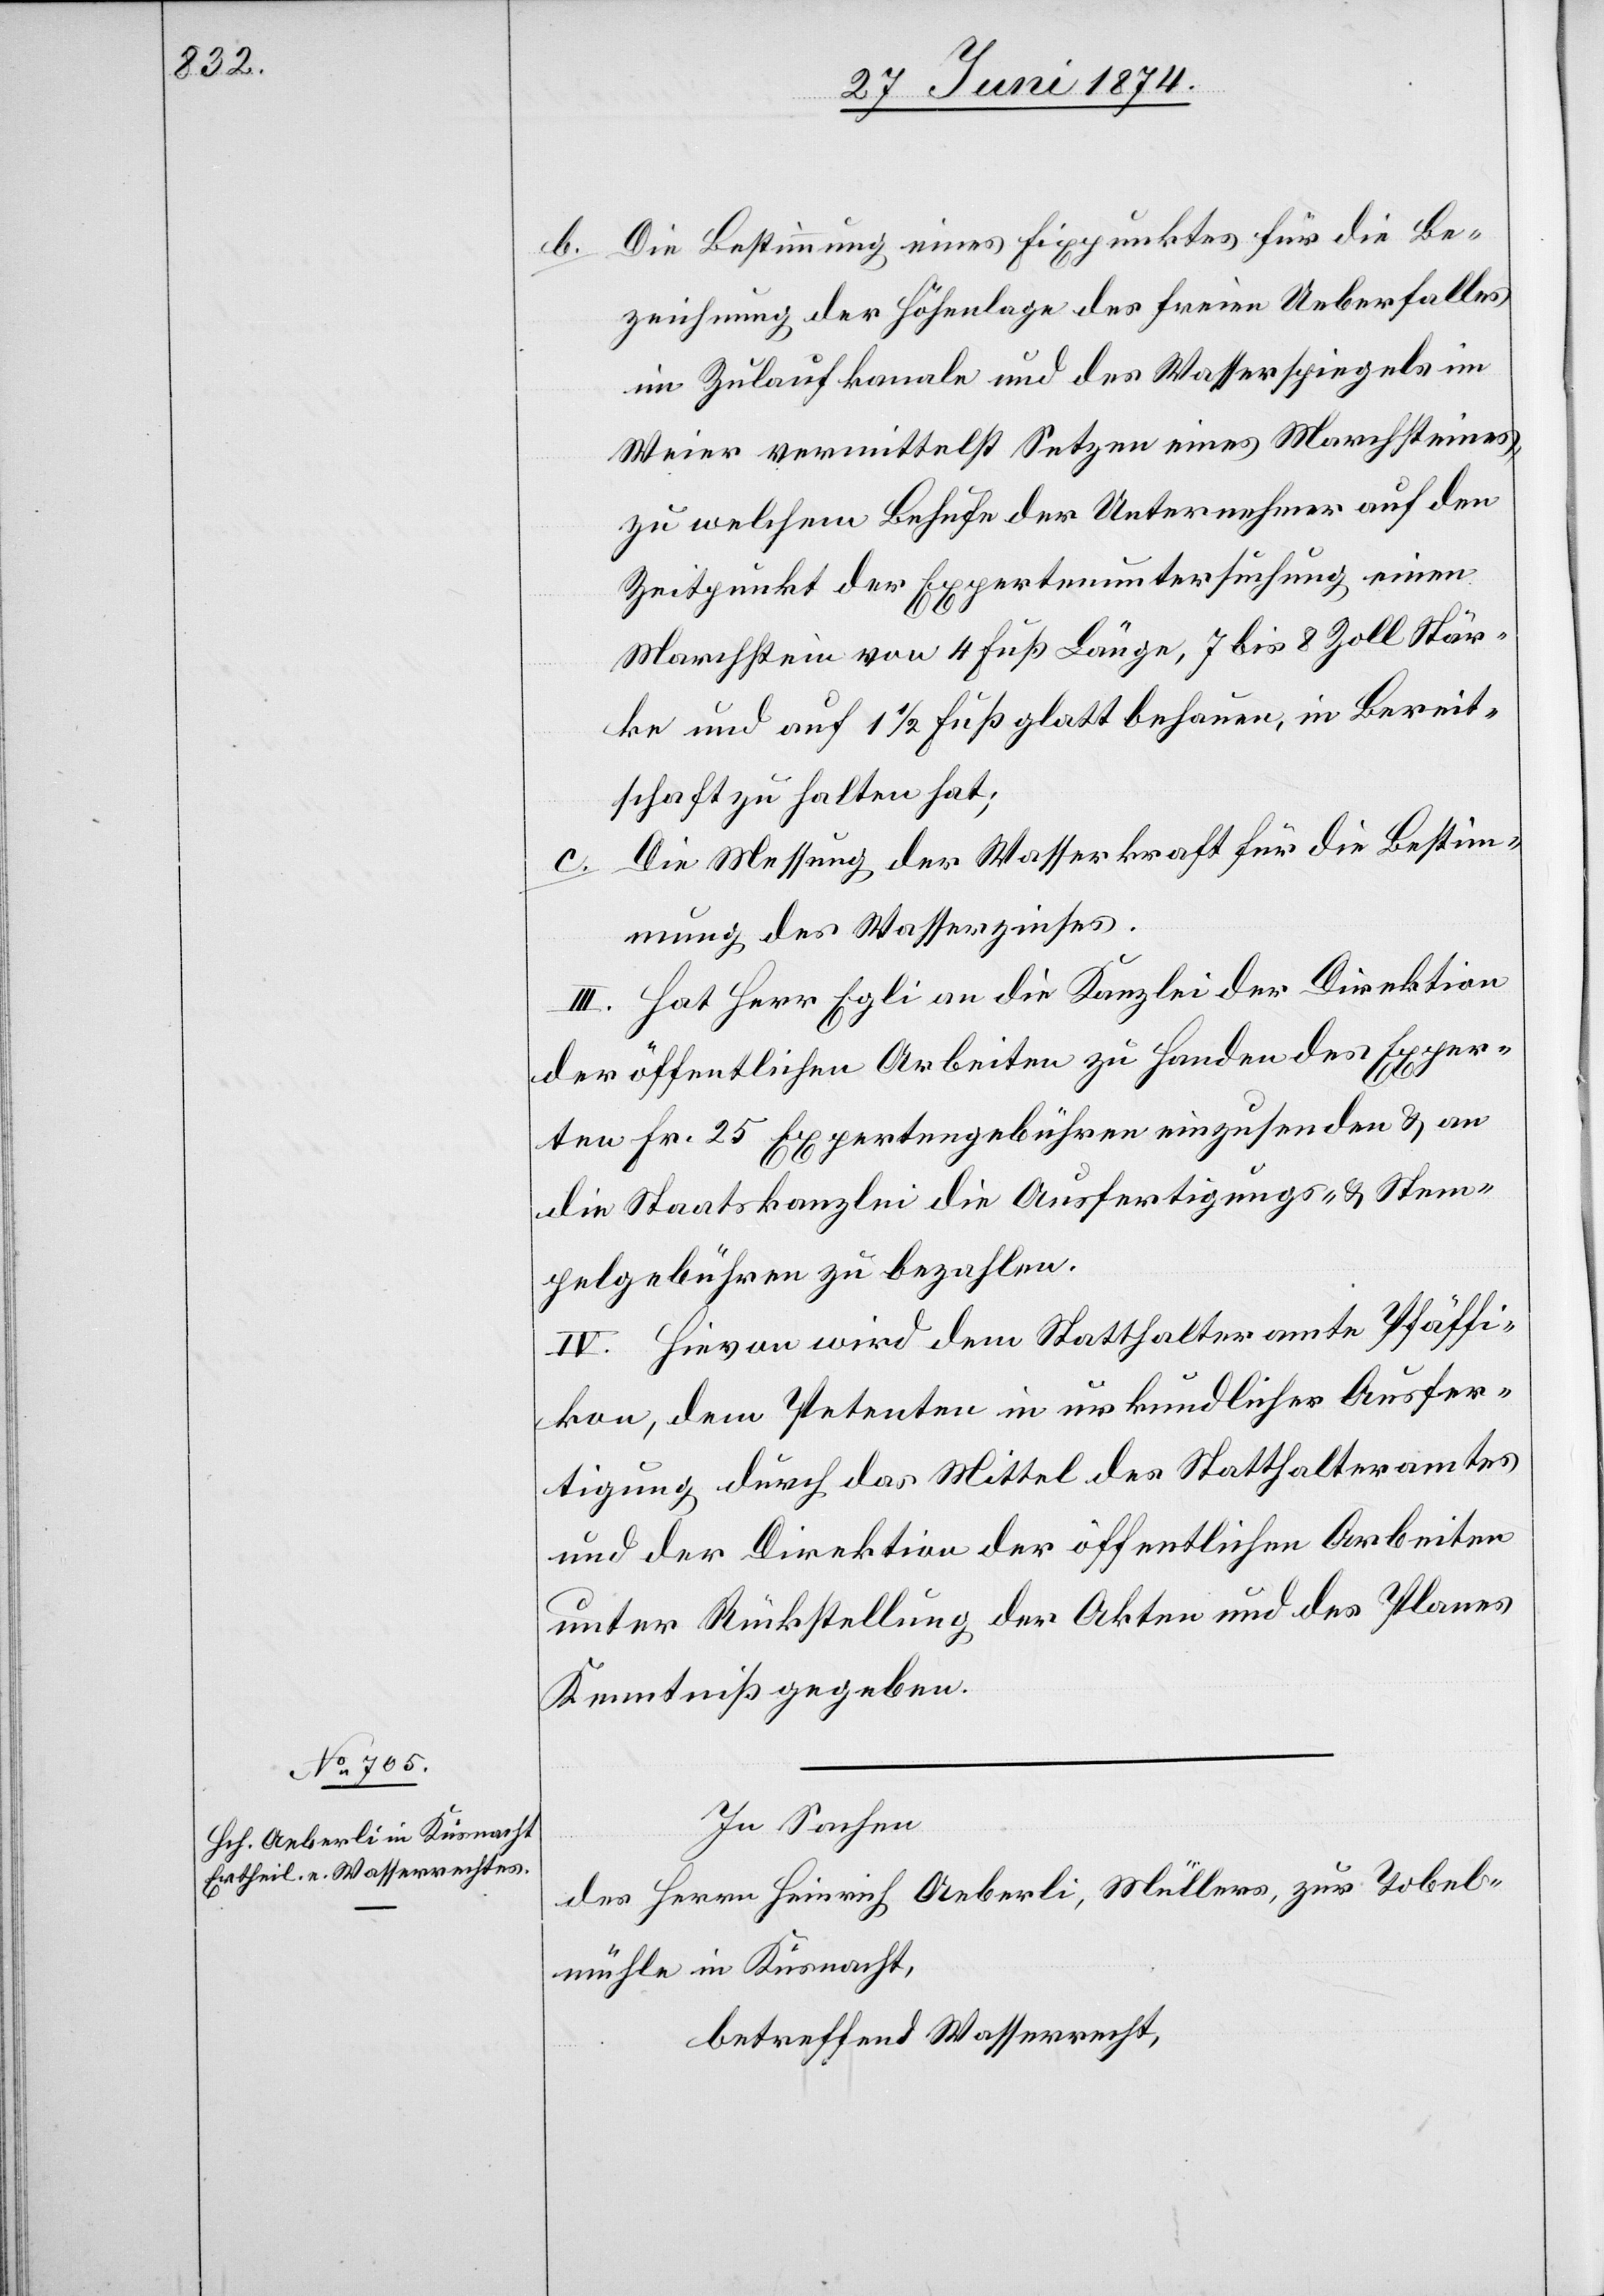
b.

Die Bestimmung eines Fixpunktes für die Be¬
zeichnung der Höhenlage des freien Ueberfalles
im Zulaufkanale und des Wasserspiegels im
Weier vermittelst Setzen eines Marchsteines,
zu welchem Behufe der Unternehmer auf den
Zeitpunkt der Expertenuntersuchung einen
tschaft zu halten hat;
Die Messung der Wasserkraft für die Bestim¬
Berei¬
mung des Wasserzinses.
III. Hat Herr Egli an die Kanzlei der Direktion
der öffentlichen Arbeiten zu Handen des Exper¬
ten Fr. 25 Expertengebühren einzusenden u. an
die Staatskanzlei die Ausfertigungs- u. Stem¬
pelgebühren zu bezahlen.
IV. Hievon wird dem Statthalteramte Pfäffi¬
kon, dem Petenten in urkundlicher Ausfer¬
tigung durch das Mittel des Statthalteramtes
und der Direktion der öffentlichen Arbeiten
unter Rückstellung der Akten und des Planes
Kenntniß gegeben.
In Sachen
des Herrn Heinrich Aeberli, Müllers, zur Tobel¬
mühle in Küsnacht,
betreffend Wasserrecht,